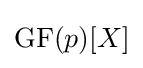
\mathrm {GF} (p)[X]